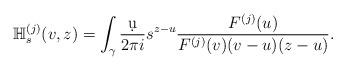
LaTeX: \begin{align*}\mathbb H_s^{(j)}(v,z) = \int_\gamma \frac{\d u}{2\pi i} s^{z-u} \frac{F^{(j)}(u)}{F^{(j)}(v)(v-u)(z-u)} .\end{align*}